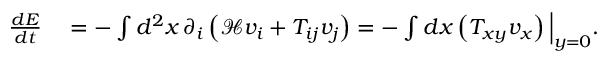
\begin{array} { r l } { \frac { d E } { d t } } & { { } = - \int d ^ { 2 } x \, \partial _ { i } \left( \mathcal { H } v _ { i } + T _ { i j } v _ { j } \right) = - \int d x \left( T _ { x y } v _ { x } \right) \Big | _ { y = 0 } . } \end{array}